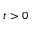
t > 0